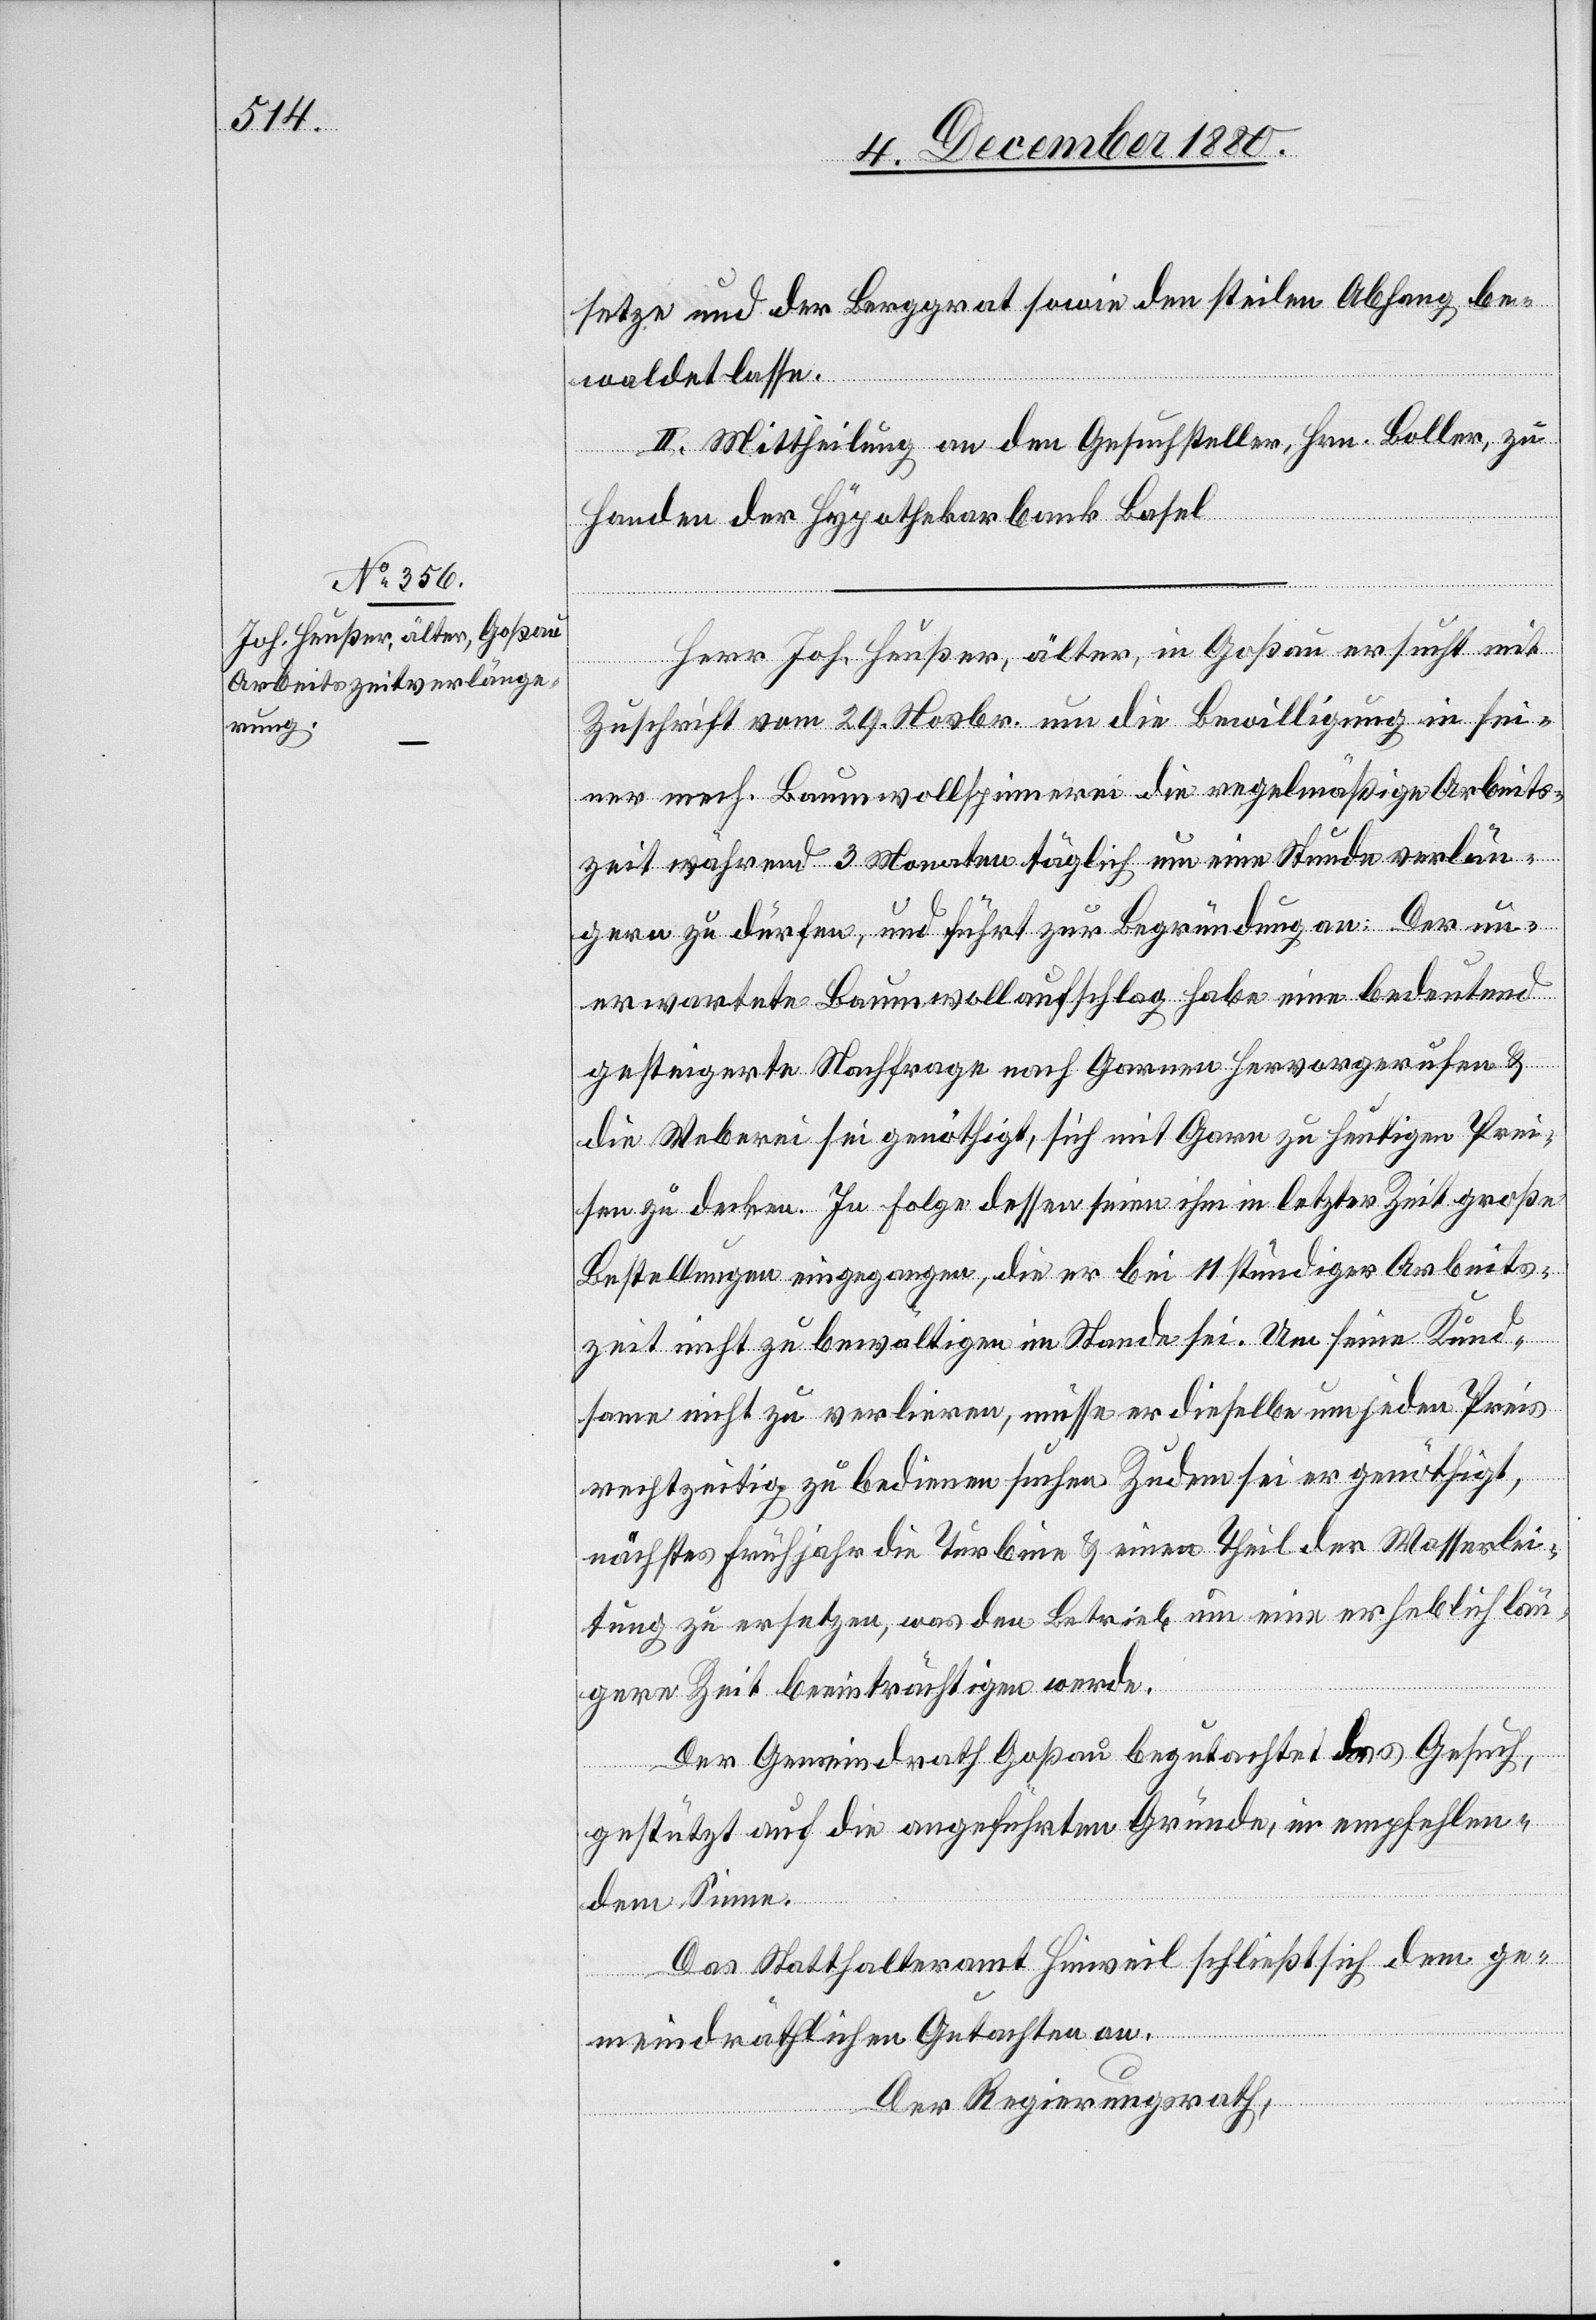
setze und der Berggrat sowie den steilen Abhang be¬
waldet lasse.
II. Mittheilung an den Gesuchsteller Hrn. Boller, zu
Handen der Hypothekarbank Basel.
Herr Joh. Heußer, älter, in Goßau ersucht mit
Zuschrift vom 29. Novbr. um die Bewilligung in sei¬
ner mech. Baumwollspinnerei die regelmäßige Arbeits¬
zeit während 3 Monaten täglich um eine Stunde verlän¬
gern zu dürfen, und führt zur Begründung an: der un¬
erwartete Baumwollaufschlag habe eine bedeutend
gesteigerte Nachfrage nach Garnen hervorgerufen &
die Weberei sei genöthigt, sich mit Garn zu heutigen Prei¬
sen zu decken. In Folge dessen seien ihm in letzter Zeit große
Bestellungen eingegangen, die er bei 11stündiger Arbeits¬
zeit nicht zu bewältigen im Stande sei. Um seine Kund¬
same nicht zu verlieren, müsse er dieselbe um jeden Preis
rechtzeitig zu bedienen suchen. Zudem sei er genöthigt,
nächstes Frühjahr die Turbine & einen Theil der Wasserlei¬
tung zu ersetzen, was den Betrieb um eine erheblich län¬
gere Zeit beeinträchtigen werde.
Der Gemeindrath Goßau begutachtet das Gesuch,
gestützt auf die angeführten Gründe, in empfehlen¬
dem Sinne.
Das Statthalteramt Hinweil schließt sich dem ge¬
meindräthlichen Gutachten an.
Der Regierungsrath,